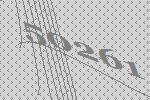
50261